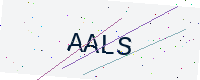
Text: AALS